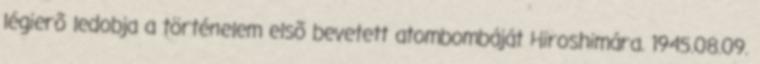
légierõ ledobja a történelem elsõ bevetett atombombáját Hiroshimára. 1945.08.09.